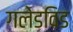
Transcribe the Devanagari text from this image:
गलेडविड